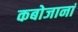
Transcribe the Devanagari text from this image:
कबोजानां